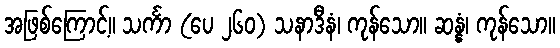
အဖြစ်ကြောင့်။ သင်္ကာ (ပေ ၂၆၀) သနာဒီနံ၊ ကုန်သော။ ဆန္နံ၊ ကုန်သော။